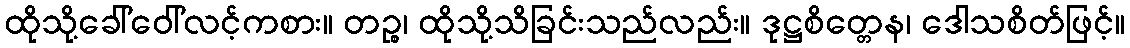
ထိုသို့ခေါ်ဝေါ်လင့်ကစား။ တဉ္စ၊ ထိုသို့သိခြင်းသည်လည်း။ ဒုဋ္ဌစိတ္တေန၊ ဒေါသစိတ်ဖြင့်။